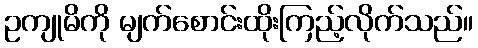
ဥကျုမိကို မျက်စောင်းထိုးကြည့်လိုက်သည်။